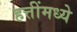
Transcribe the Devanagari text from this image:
हत्तींमध्ये